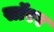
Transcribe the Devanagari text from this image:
सॉरर